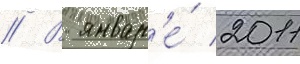
// В январ'е́ 2011